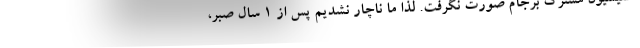
کمیسیون مشترک برجام صورت نگرفت. لذا ما ناچار نشدیم پس از 1 سال صبر،